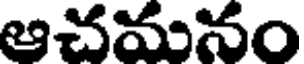
ఆచమనం